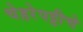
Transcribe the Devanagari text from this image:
चेहरेपट्टीचे